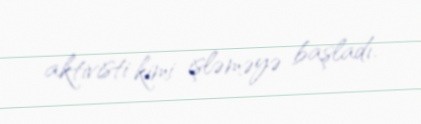
aktivisti kimi işləməyə başladı.